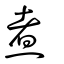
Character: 煮